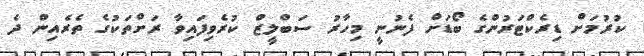
ކުރުމަށް ޑިރެކްޓަރުންގެ ބޯޑަށް ފެނުނީ މިހާރު ސަބްލީޒް ކުރެވިފައިވާ ރަށްތަކުގެ ތެރެއިން ދެ